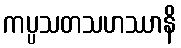
ကပ္ပသတသဟဿာနိ